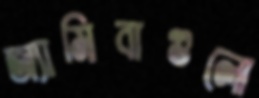
অ্যামিবাগুলো